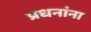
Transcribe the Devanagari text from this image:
प्रधनांना